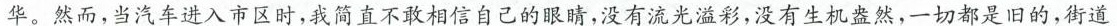
华。然而，当汽车进入市区时，我简直不敢相信自己的眼睛，没有流光溢彩，没有生机盎然，一切都是旧的，街道